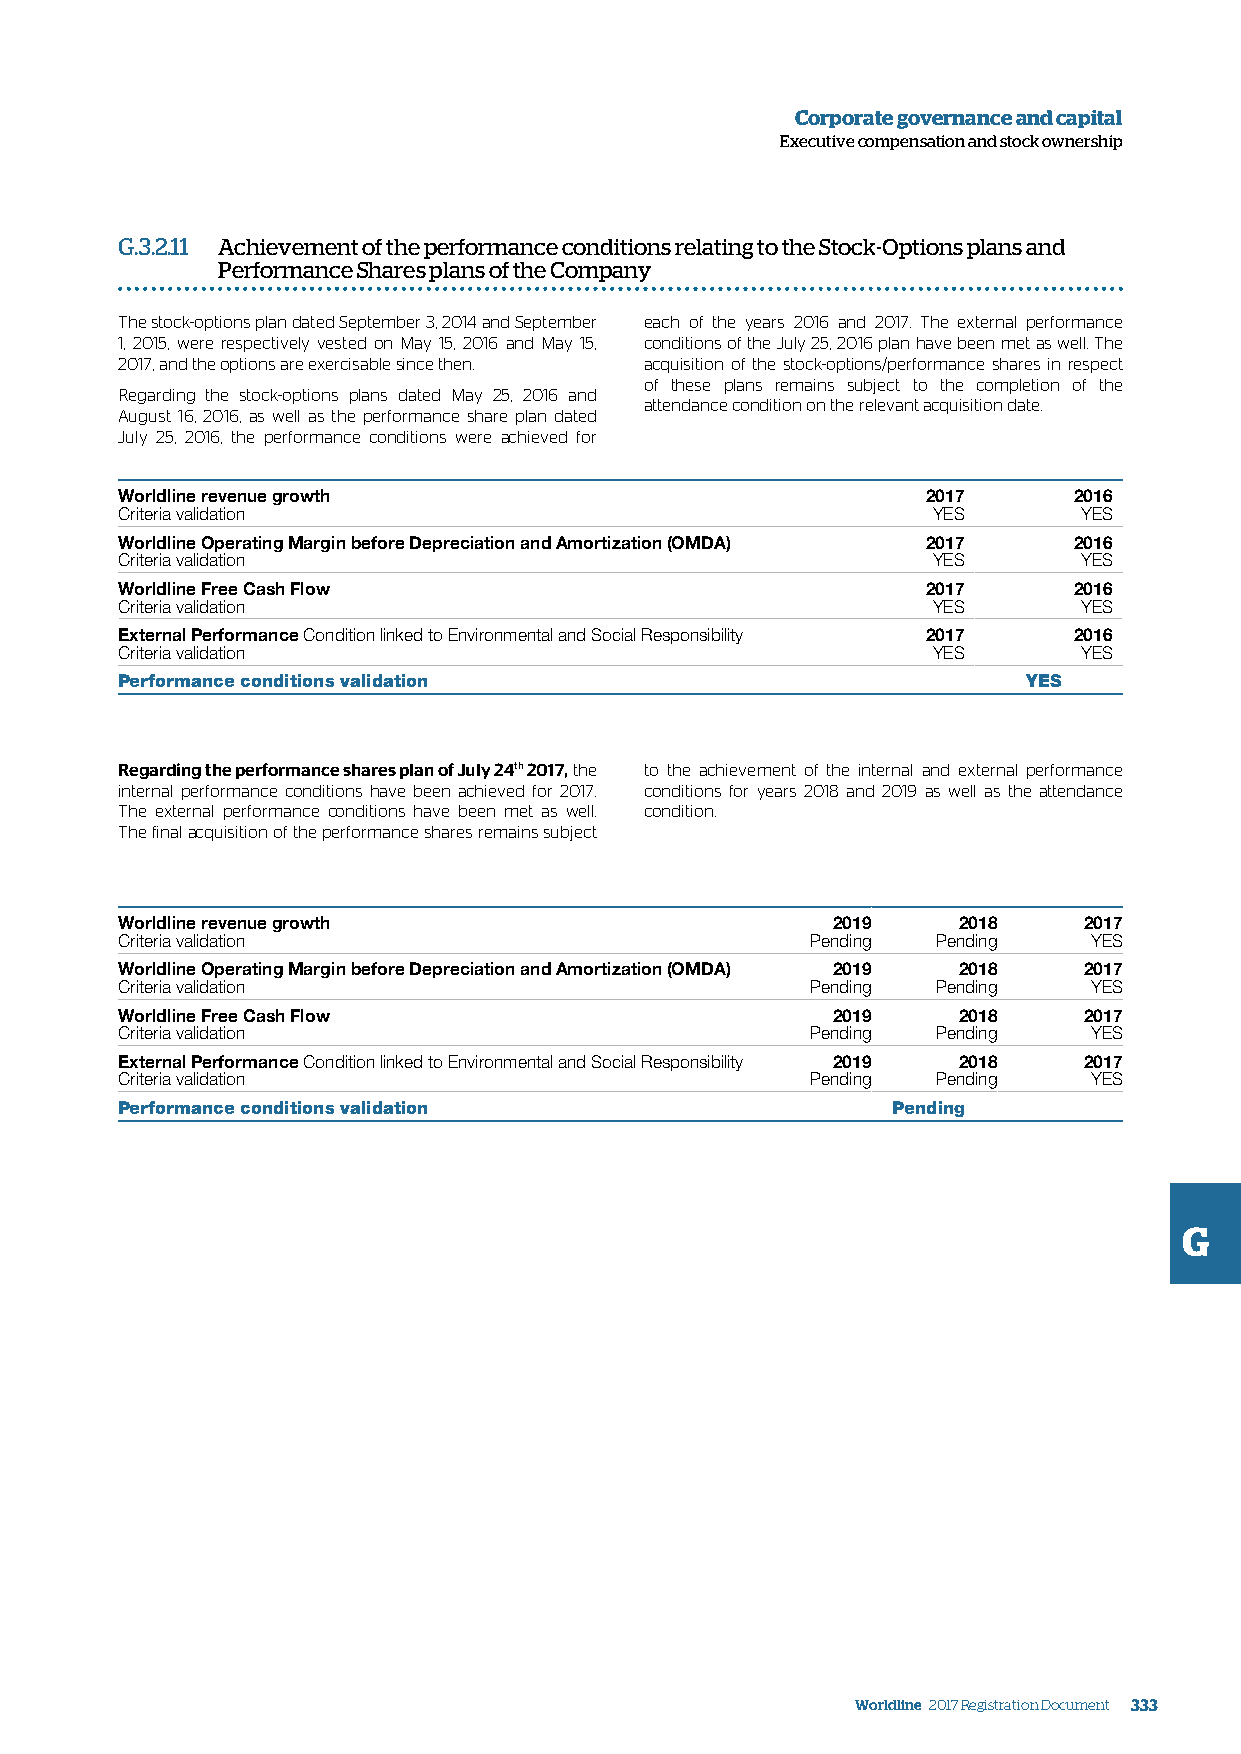
Corporate governance and capital
 Executive compensation and stock ownership
 G.3.2.11 Achievement of the performance conditions relating to the Stock-Options plans and
 Performance Shares plans of the Company
 The stock-options plan dated September 3, 2014 and September each of the years 2016 and 2017. The external performance
 1, 2015, were respectively vested on May 15, 2016 and May 15, conditions of the July 25, 2016 plan have been met as well. The
 2017, and the options are exercisable since then. acquisition of the stock-options/performance shares in respect
 of these plans remains subject to the completion of the
 Regarding the stock-options plans dated May 25, 2016 and
 attendance condition on the relevant acquisition date.
 August 16, 2016, as well as the performance share plan dated
 July 25, 2016, the performance conditions were achieved for
 Worldline revenue growth                             2017      2016
 Criteria validation                                   YES       YES
 Worldline Operating Margin before Depreciation and Amortization (OMDA) 2017 2016
 Criteria validation                                   YES       YES
 Worldline Free Cash Flow                             2017      2016
 Criteria validation                                   YES       YES
 External Performance Condition linked to Environmental and Social Responsibility 2017 2016
 Criteria validation                                   YES       YES
 Performance conditions validation                           YES
 Regarding the performance shares plan of July 24th 2017, the to the achievement of the internal and external performance
 internal performance conditions have been achieved for 2017. conditions for years 2018 and 2019 as well as the attendance
 The external performance conditions have been met as well. condition.
 The final acquisition of the performance shares remains subject
 Worldline revenue growth                       2019    2018     2017
 Criteria validation                           Pending Pending   YES
 Worldline Operating Margin before Depreciation and Amortization (OMDA) 2019 2018 2017
 Criteria validation                           Pending Pending   YES
 Worldline Free Cash Flow                       2019    2018     2017
 Criteria validation                           Pending Pending   YES
 External Performance Condition linked to Environmental and Social Responsibility 2019 2018 2017
 Criteria validation                           Pending Pending   YES
 Performance conditions validation                  Pending
 G
 Worldline 2017 Registration Document 333